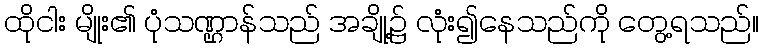
ထိုငါး မျိုး၏ ပုံသဏ္ဌာန်သည် အချို့၌ လုံး၍နေသည်ကို တွေ့ရသည်။